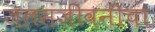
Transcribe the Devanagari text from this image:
जलसंजीवनीचा